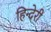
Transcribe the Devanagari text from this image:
हिन्देरी